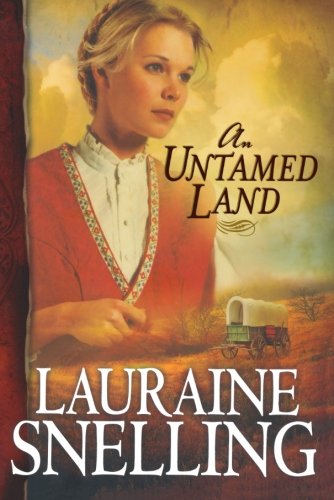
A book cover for An Untamed Land (Red River of the North #1); Lauraine Snelling; Literature & Fiction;